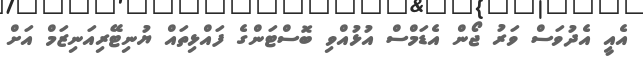
އެއީ އެދުވަސް ވަރު ޖޯން އެޑަމްސް އުޅުއްވި ބޮސްޓަންގެ ފައްޅިތައް ޔުނިޓޭރިއަނިޒަމް އަށް